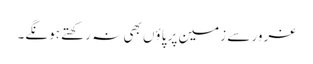
غرور سے زمین پر پاؤں بھی نہ رکھتے ہونگے۔